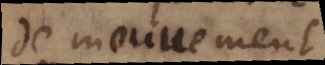
de mouvement